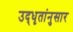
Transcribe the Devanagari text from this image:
उद्‌धृतांनुसार